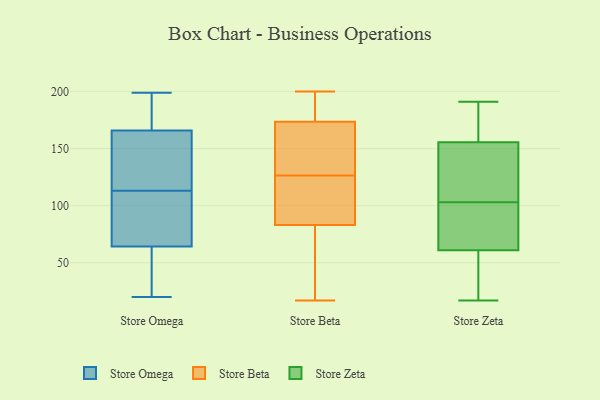
{"axis": {"x": "Shipments", "y": "Value"}, "legend": ["Store Beta", "Store Omega", "Store Zeta"], "data": [{"x": "", "y": 165, "type": "Store Omega"}, {"x": "", "y": 161, "type": "Store Omega"}, {"x": "", "y": 152, "type": "Store Omega"}, {"x": "", "y": 48, "type": "Store Omega"}, {"x": "", "y": 91, "type": "Store Omega"}, {"x": "", "y": 47, "type": "Store Omega"}, {"x": "", "y": 53, "type": "Store Omega"}, {"x": "", "y": 169, "type": "Store Omega"}, {"x": "", "y": 84, "type": "Store Omega"}, {"x": "", "y": 72, "type": "Store Omega"}, {"x": "", "y": 185, "type": "Store Omega"}, {"x": "", "y": 152, "type": "Store Omega"}, {"x": "", "y": 199, "type": "Store Omega"}, {"x": "", "y": 172, "type": "Store Omega"}, {"x": "", "y": 113, "type": "Store Omega"}, {"x": "", "y": 68, "type": "Store Omega"}, {"x": "", "y": 20, "type": "Store Omega"}, {"x": "", "y": 198, "type": "Store Beta"}, {"x": "", "y": 160, "type": "Store Beta"}, {"x": "", "y": 73, "type": "Store Beta"}, {"x": "", "y": 168, "type": "Store Beta"}, {"x": "", "y": 93, "type": "Store Beta"}, {"x": "", "y": 196, "type": "Store Beta"}, {"x": "", "y": 132, "type": "Store Beta"}, {"x": "", "y": 200, "type": "Store Beta"}, {"x": "", "y": 17, "type": "Store Beta"}, {"x": "", "y": 98, "type": "Store Beta"}, {"x": "", "y": 51, "type": "Store Beta"}, {"x": "", "y": 72, "type": "Store Beta"}, {"x": "", "y": 110, "type": "Store Beta"}, {"x": "", "y": 179, "type": "Store Beta"}, {"x": "", "y": 133, "type": "Store Beta"}, {"x": "", "y": 121, "type": "Store Beta"}, {"x": "", "y": 90, "type": "Store Zeta"}, {"x": "", "y": 93, "type": "Store Zeta"}, {"x": "", "y": 169, "type": "Store Zeta"}, {"x": "", "y": 17, "type": "Store Zeta"}, {"x": "", "y": 103, "type": "Store Zeta"}, {"x": "", "y": 184, "type": "Store Zeta"}, {"x": "", "y": 64, "type": "Store Zeta"}, {"x": "", "y": 52, "type": "Store Zeta"}, {"x": "", "y": 145, "type": "Store Zeta"}, {"x": "", "y": 151, "type": "Store Zeta"}, {"x": "", "y": 191, "type": "Store Zeta"}, {"x": "", "y": 27, "type": "Store Zeta"}, {"x": "", "y": 121, "type": "Store Zeta"}]}